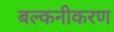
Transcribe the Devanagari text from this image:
बल्कनीकरण